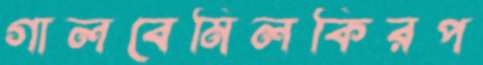
গালবেমিলকিরপ